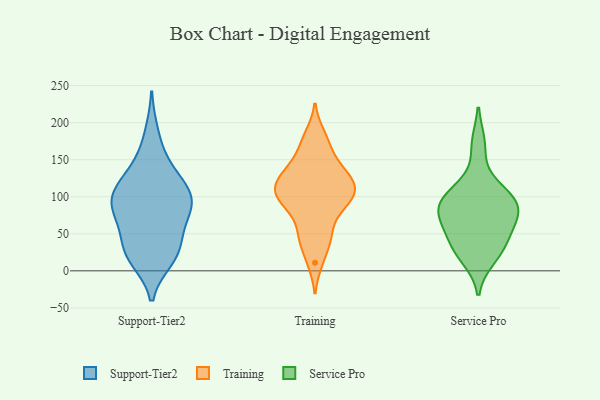
{"axis": {"x": "Operating Costs (USD K)", "y": "Value"}, "legend": ["Service Pro", "Support-Tier2", "Training"], "data": [{"x": "", "y": 124, "type": "Support-Tier2"}, {"x": "", "y": 32, "type": "Support-Tier2"}, {"x": "", "y": 21, "type": "Support-Tier2"}, {"x": "", "y": 93, "type": "Support-Tier2"}, {"x": "", "y": 67, "type": "Support-Tier2"}, {"x": "", "y": 108, "type": "Support-Tier2"}, {"x": "", "y": 87, "type": "Support-Tier2"}, {"x": "", "y": 186, "type": "Support-Tier2"}, {"x": "", "y": 23, "type": "Support-Tier2"}, {"x": "", "y": 135, "type": "Support-Tier2"}, {"x": "", "y": 91, "type": "Support-Tier2"}, {"x": "", "y": 97, "type": "Support-Tier2"}, {"x": "", "y": 150, "type": "Support-Tier2"}, {"x": "", "y": 68, "type": "Support-Tier2"}, {"x": "", "y": 53, "type": "Support-Tier2"}, {"x": "", "y": 16, "type": "Support-Tier2"}, {"x": "", "y": 23, "type": "Support-Tier2"}, {"x": "", "y": 98, "type": "Support-Tier2"}, {"x": "", "y": 105, "type": "Support-Tier2"}, {"x": "", "y": 102, "type": "Training"}, {"x": "", "y": 114, "type": "Training"}, {"x": "", "y": 42, "type": "Training"}, {"x": "", "y": 184, "type": "Training"}, {"x": "", "y": 11, "type": "Training"}, {"x": "", "y": 171, "type": "Training"}, {"x": "", "y": 107, "type": "Training"}, {"x": "", "y": 84, "type": "Training"}, {"x": "", "y": 41, "type": "Training"}, {"x": "", "y": 113, "type": "Training"}, {"x": "", "y": 59, "type": "Training"}, {"x": "", "y": 112, "type": "Training"}, {"x": "", "y": 152, "type": "Training"}, {"x": "", "y": 131, "type": "Training"}, {"x": "", "y": 138, "type": "Training"}, {"x": "", "y": 90, "type": "Training"}, {"x": "", "y": 89, "type": "Training"}, {"x": "", "y": 130, "type": "Training"}, {"x": "", "y": 78, "type": "Service Pro"}, {"x": "", "y": 84, "type": "Service Pro"}, {"x": "", "y": 90, "type": "Service Pro"}, {"x": "", "y": 171, "type": "Service Pro"}, {"x": "", "y": 89, "type": "Service Pro"}, {"x": "", "y": 115, "type": "Service Pro"}, {"x": "", "y": 33, "type": "Service Pro"}, {"x": "", "y": 55, "type": "Service Pro"}, {"x": "", "y": 101, "type": "Service Pro"}, {"x": "", "y": 31, "type": "Service Pro"}, {"x": "", "y": 62, "type": "Service Pro"}, {"x": "", "y": 17, "type": "Service Pro"}]}